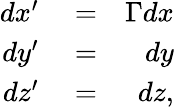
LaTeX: \begin{array}{rlr}{dx^{\prime}}&{{}=}&{\Gamma dx}\\ {dy^{\prime}}&{{}=}&{dy}\\ {dz^{\prime}}&{{}=}&{dz,}\end{array}